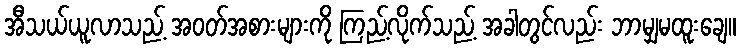
အီသယ်ယူလာသည့် အဝတ်အစားများကို ကြည့်လိုက်သည့် အခါတွင်လည်း ဘာမျှမထူးချေ။